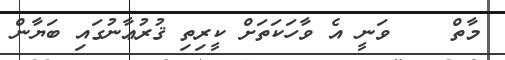
މާތް    ވަނީ އެ ވާހަކަތަށް ކީރިތި ޤުރުޢާނުގައި ބަޔާން